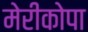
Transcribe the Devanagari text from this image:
मेरीकोपा